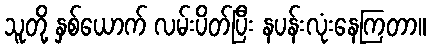
သူတို့ နှစ်ယောက် လမ်းပိတ်ပြီး နပန်းလုံးနေကြတာ။